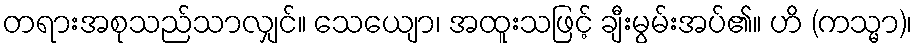
တရားအစုသည်သာလျှင်။ သေယျော၊ အထူးသဖြင့် ချီးမွမ်းအပ်၏။ ဟိ (ကသ္မာ)၊